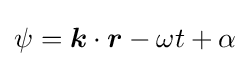
\psi ={\boldsymbol {k}}\cdot {\boldsymbol {r}}-\omega t+\alpha